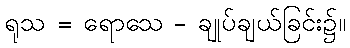
ရုသ = ရောသေ - ချုပ်ချယ်ခြင်း၌။